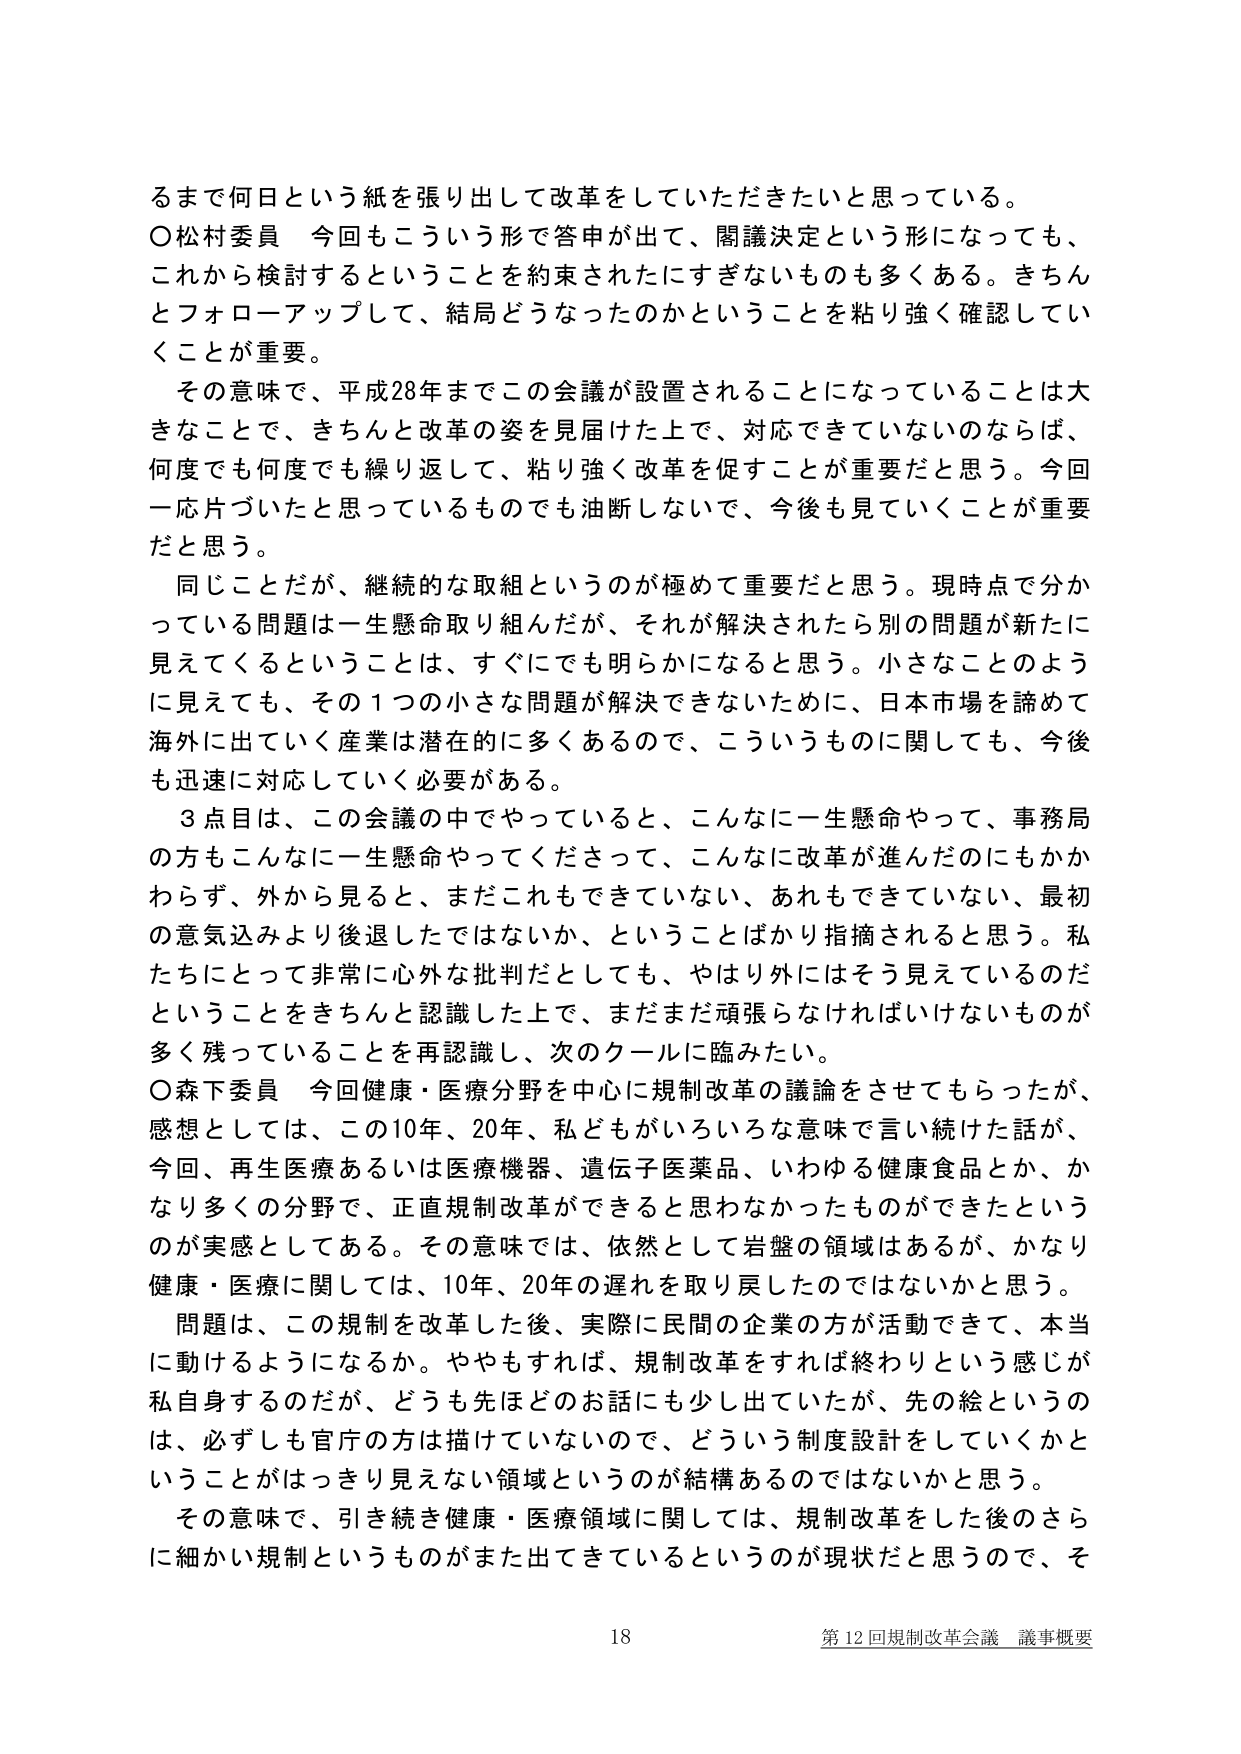
るまで何日という紙を張り出して改革をしていただきたいと思っている。
○松村委員　今回もこういう形で答申が出て、閣議決定という形になっても、
これから検討するということを約束されたにすぎないものも多くある。きちんとフォローアップして、結局どうなったのかということを粘り強く確認していくことが重要。
その意味で、平成28年までこの会議が設置されることになっていることは大きなことで、きちんと改革の姿を見届けた上で、対応できていないのならば、何度でも何度でも繰り返して、粘り強く改革を促すことが重要だと思う。今回一応片づいたと思っているものでも油断しないで、今後も見ていくことが重要だと思う。
同じことだが、継続的な取組というのが極めて重要だと思う。現時点で分かっている問題は一生懸命取り組んだが、それが解決されたら別の問題が新たに見えてくるということは、すぐにでも明らかになると思う。小さなことのように見えても、その1つの小さな問題が解決できないために、日本市場を諦めて海外に出ていく産業は潜在的に多くあるので、こういうものに関しても、今後も迅速に対応していく必要がある。
3点目は、この会議の中でやっていると、こんなに一生懸命やって、事務局の方もこんなに一生懸命やってくださって、こんなに改革が進んだのにもかかわらず、外から見ると、まだこれもできていない、あれもできていない、最初の意気込みより後退したではないか、ということばかり指摘されると思う。私たちにとって非常に心外な批判だとしても、やはり外にはそう見えているのだということをきちんと認識した上で、まだまだ頑張らなければいけないものが多く残っていることを再認識し、次のクールに臨みたい。
○森下委員　今回健康・医療分野を中心に規制改革の議論をさせてもらったが、感想としては、この10年、20年、私どもがいろいろな意味で言い続けた話が、今回、再生医療あるいは医療機器、遺伝子医薬品、いわゆる健康食品とか、かなり多くの分野で、正直規制改革ができると思わなかったものができたというのが実感としてある。その意味では、依然として岩盤の領域はあるが、かなり健康・医療に関しては、10年、20年の遅れを取り戻したのではないかと思う。
問題は、この規制を改革した後、実際に民間の企業の方が活動できて、本当に動けるようになるか。ややもすれば、規制改革をすれば終わりという感じが私自身するのだが、どうも先ほどのお話にも少し出ていたが、先の絵というのは、必ずしも官庁の方は描けていないので、どういう制度設計をしていくかということがはっきり見えない領域というのが結構あるのではないかと思う。
その意味で、引き続き健康・医療領域に関しては、規制改革をした後のさらに細かい規制というものがまた出てきているというのが現状だと思うので、そ
18
第12回規制改革会議 議事概要